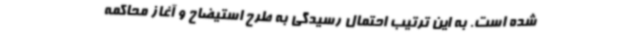
شده است. به این ترتیب احتمال رسیدگی به طرح استیضاح و آغاز محاکمه